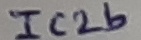
Text: IC2b